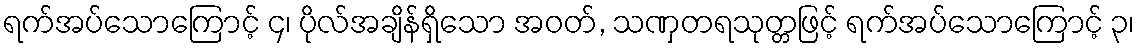
ရက်အပ်သောကြောင့် ၄၊ ပိုလ်အချိန်ရှိသော အဝတ်, သဏှတရသုတ္တဖြင့် ရက်အပ်သောကြောင့် ၃၊